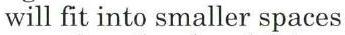
will fit into smaller spaces